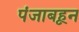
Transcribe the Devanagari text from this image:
पंजाबहून